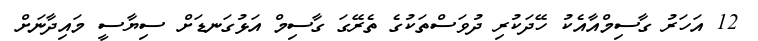
12 އަހަރު ގާސިމްއާއެކު ހޭދަކުރި ދުވަސްތަކުގެ ތެރޭގަ ގާސިމް އަޅުގަނޑަށް ސިޔާސީ މައިދާނަށް